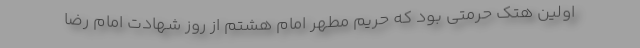
اولین هتک حرمتی بود که حریم مطهر امام هشتم از روز شهادت امام رضا